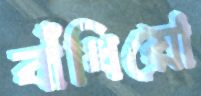
বাঁধিয়ো